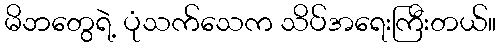
မိဘတွေရဲ့ ပုံသက်သေက သိပ်အရေးကြီးတယ်။